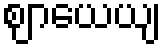
ဈာယေယျ